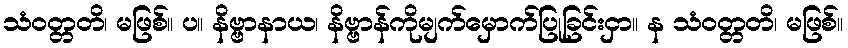
သံဝတ္တတိ၊ မဖြစ်။ ပ။ နိဗ္ဗာနာယ၊ နိဗ္ဗာန်ကိုမျက်မှောက်ပြုခြင်းငှာ။ န သံဝတ္တတိ၊ မဖြစ်။